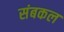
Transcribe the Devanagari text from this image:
संबकल